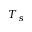
T _ { s }